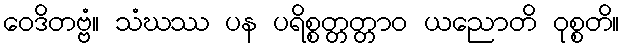
ဝေဒိတဗ္ဗံ။ သံဃဿ ပန ပရိစ္စတ္တတ္တာဝ ယညောတိ ဝုစ္စတိ။